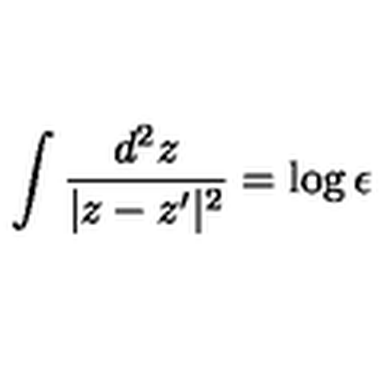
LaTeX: \int \frac { d ^ { 2 } z } { | z - z ^ { \prime } | ^ { 2 } } = \log { \epsilon }